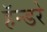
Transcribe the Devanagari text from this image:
हॅन्डरे